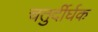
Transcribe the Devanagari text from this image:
चतुर्दीर्घक